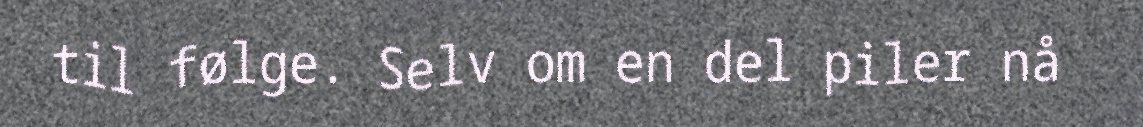
til følge. Selv om en del piler nå